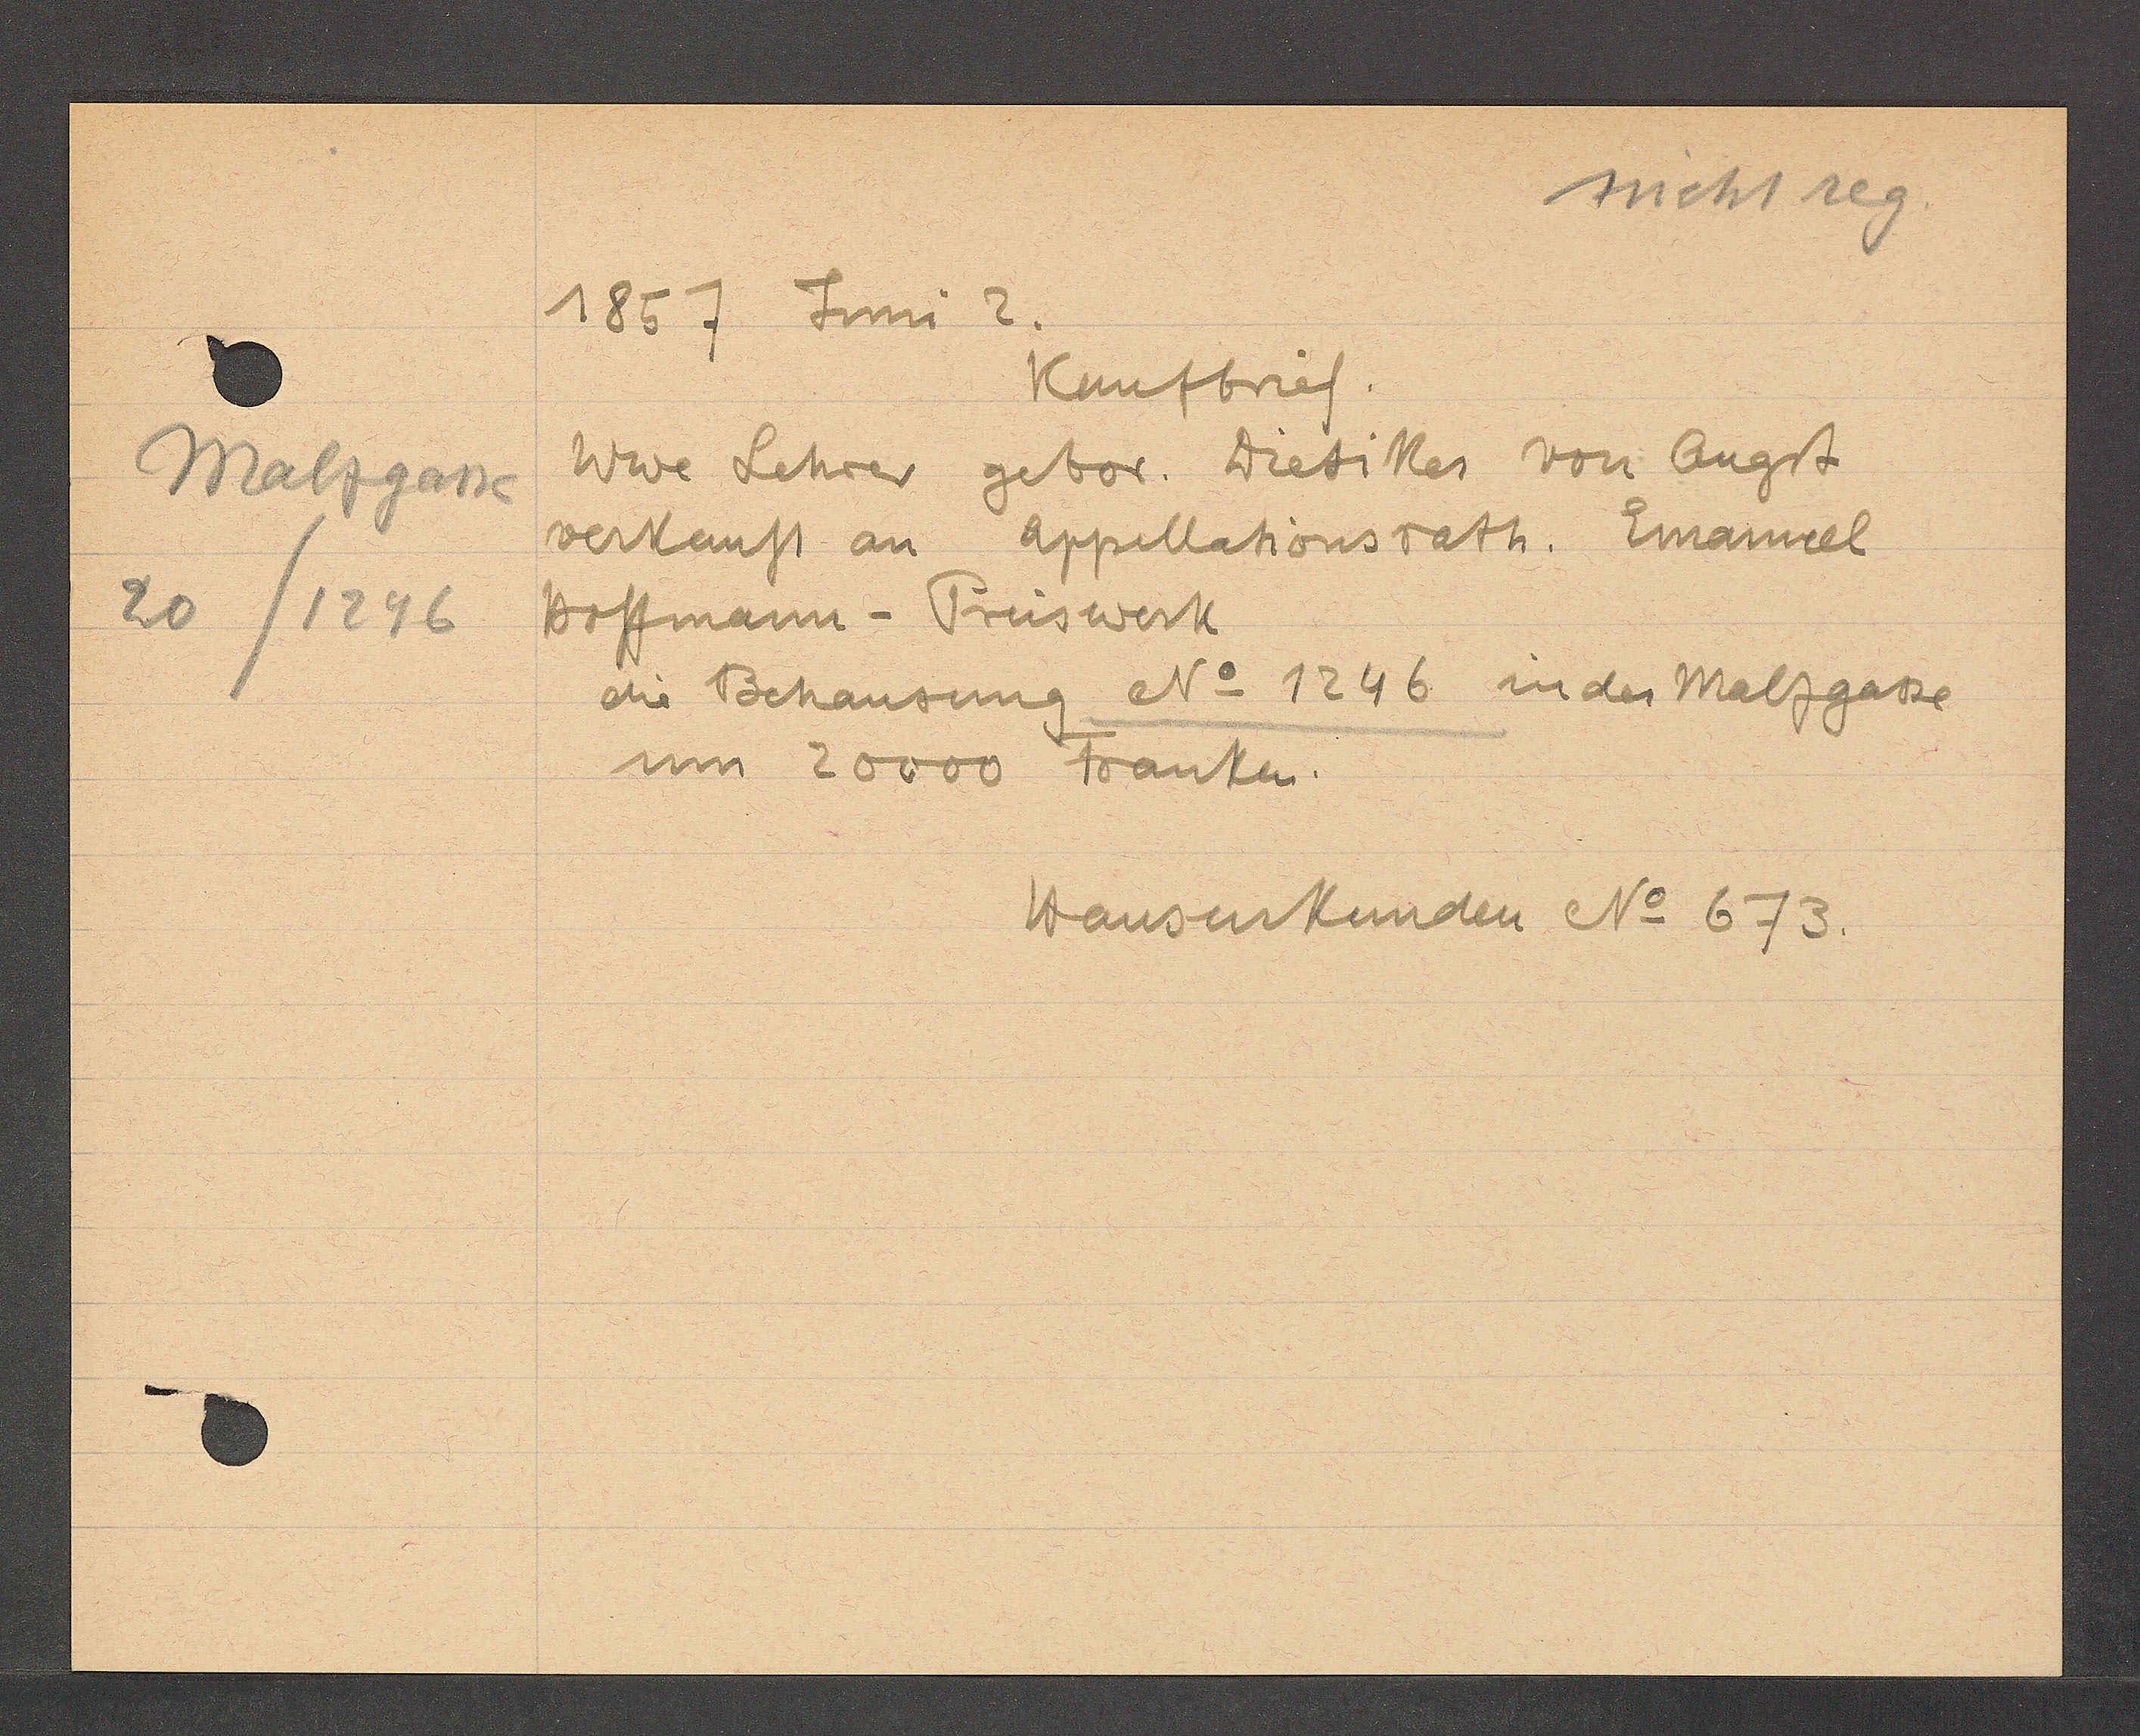
Transcript:
Malzgasse
20/1246

1857 Juni 2.

Wwe Lehrer gebor. Diesiller von Augst
verkauft an Appellationsrath. Emanuel
Hoffmann - Preiswerk
die Behausung No 1246 in der Malzgasse
um 20000 Franken.
Kaufbrief.

Hausurkunden No 673.